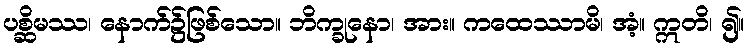
ပစ္ဆိမဿ၊ နောက်၌ဖြစ်သော။ ဘိက္ခုနော၊ အား။ ကထေဿာမိ၊ အံ့။ ဣတိ၊ ၍။